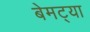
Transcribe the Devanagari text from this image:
बेमट्या